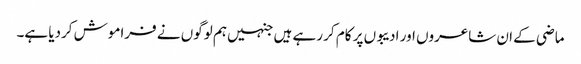
ماضی کے ان شاعروں اور ادیبوں پر کام کر رہے ہیں جنہیں ہم لوگوں نے فراموش کردیا ہے۔